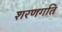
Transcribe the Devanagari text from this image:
शरणगति